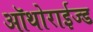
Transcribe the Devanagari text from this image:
ऑथोराईज्ड